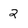
Character: 2